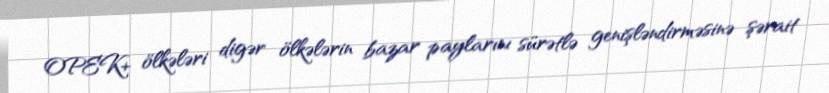
OPEK+ ölkələri digər ölkələrin bazar paylarını sürətlə genişləndirməsinə şərait